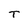
Character: T